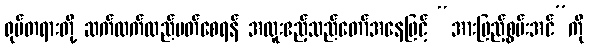
ရုပ်တရားတို့ ဆက်လက်လည်ပတ်စေရန် အထူးဧည့်သည်တော်အနေဖြင့် “အားဖြည့်စွမ်းအင်”ကို